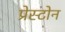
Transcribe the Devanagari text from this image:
प्रेस्टोन